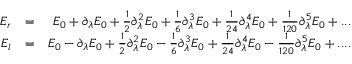
\begin{array} { r l r } { E _ { r } } & { = } & { E _ { 0 } + \partial _ { \lambda } E _ { 0 } + \frac { 1 } { 2 } \partial _ { \lambda } ^ { 2 } E _ { 0 } + \frac { 1 } { 6 } \partial _ { \lambda } ^ { 3 } E _ { 0 } + \frac { 1 } { 2 4 } \partial _ { \lambda } ^ { 4 } E _ { 0 } + \frac { 1 } { 1 2 0 } \partial _ { \lambda } ^ { 5 } E _ { 0 } + . . . } \\ { E _ { l } } & { = } & { E _ { 0 } - \partial _ { \lambda } E _ { 0 } + \frac { 1 } { 2 } \partial _ { \lambda } ^ { 2 } E _ { 0 } - \frac { 1 } { 6 } \partial _ { \lambda } ^ { 3 } E _ { 0 } + \frac { 1 } { 2 4 } \partial _ { \lambda } ^ { 4 } E _ { 0 } - \frac { 1 } { 1 2 0 } \partial _ { \lambda } ^ { 5 } E _ { 0 } + . . . . } \end{array}